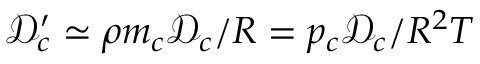
\mathcal { D } _ { c } ^ { \prime } \simeq \rho m _ { c } \mathcal { D } _ { c } / R = p _ { c } \mathcal { D } _ { c } / R ^ { 2 } T